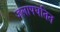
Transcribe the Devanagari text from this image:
जलापघतित